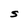
Character: S